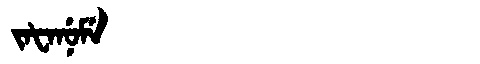
Manchu: ᠵᠠᡶᠠᠨᡠᠮᡝ
Romanization: JAFANUME